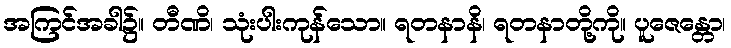
အကြင်အခါ၌။ တီဏိ၊ သုံးပါးကုန်သော။ ရတနာနိ၊ ရတနာတို့ကို။ ပူဇေန္တော၊